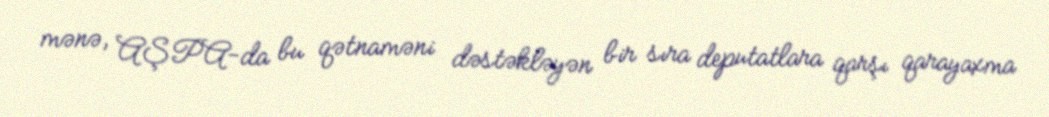
mənə, AŞPA-da bu qətnaməni dəstəkləyən bir sıra deputatlara qarşı qarayaxma